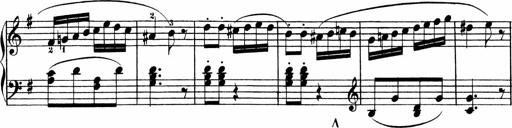
Title: 3 Sonatinen
Composer: Heinrich Lichner